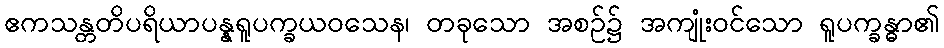
ဧကသန္တတိပရိယာပန္နရူပက္ခယဝသေန၊ တခုသော အစဉ်၌ အကျုံးဝင်သော ရူပက္ခန္ဓာ၏